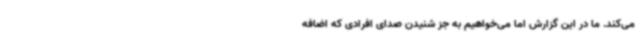
می‌کند. ما در این گزارش اما می‌خواهیم به جز شنیدن صدای افرادی که اضافه